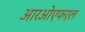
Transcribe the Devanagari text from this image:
आरओएफएल